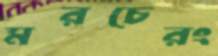
মরচেরং